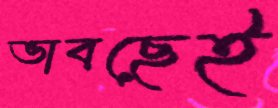
ভাবছেই